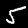
Digit: 5